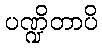
ပဏ္ဍိတာပိ